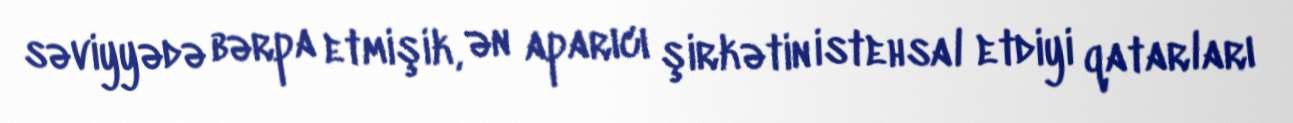
səviyyədə bərpa etmişik, ən aparıcı şirkətin istehsal etdiyi qatarları